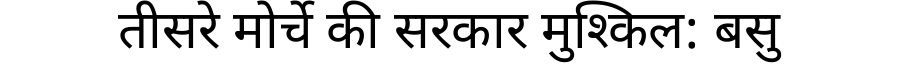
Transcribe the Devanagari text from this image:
तीसरे मोर्चे की सरकार मुश्किल: बसु